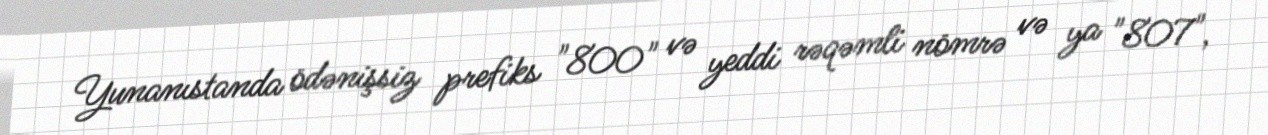
Yunanıstanda ödənişsiz prefiks "800" və yeddi rəqəmli nömrə və ya "807",